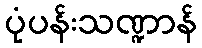
ပုံပန်းသဏ္ဍာန်